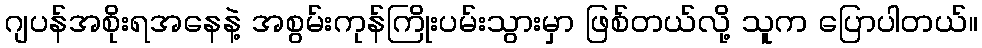
ဂျပန်အစိုးရအနေနဲ့ အစွမ်းကုန်ကြိုးပမ်းသွားမှာ ဖြစ်တယ်လို့ သူက ပြောပါတယ်။